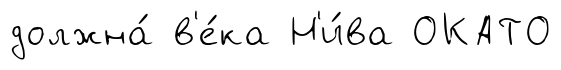
должна́ в'е́ка Н'и́ва ОКАТО